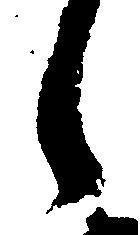
日